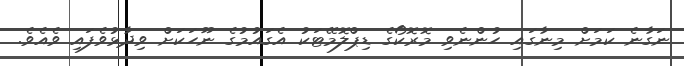
ނަގާނެ ކަމަށް މިނާގައި ހުންނެވި މޮރޮކޯގެ ޑިޕްލޮމޭޓަކު އެގައުމުގެ ނޫހަކަށް ވިދާޅުވެފައި ވެއެވެ.